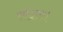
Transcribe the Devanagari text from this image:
सांद्रता।